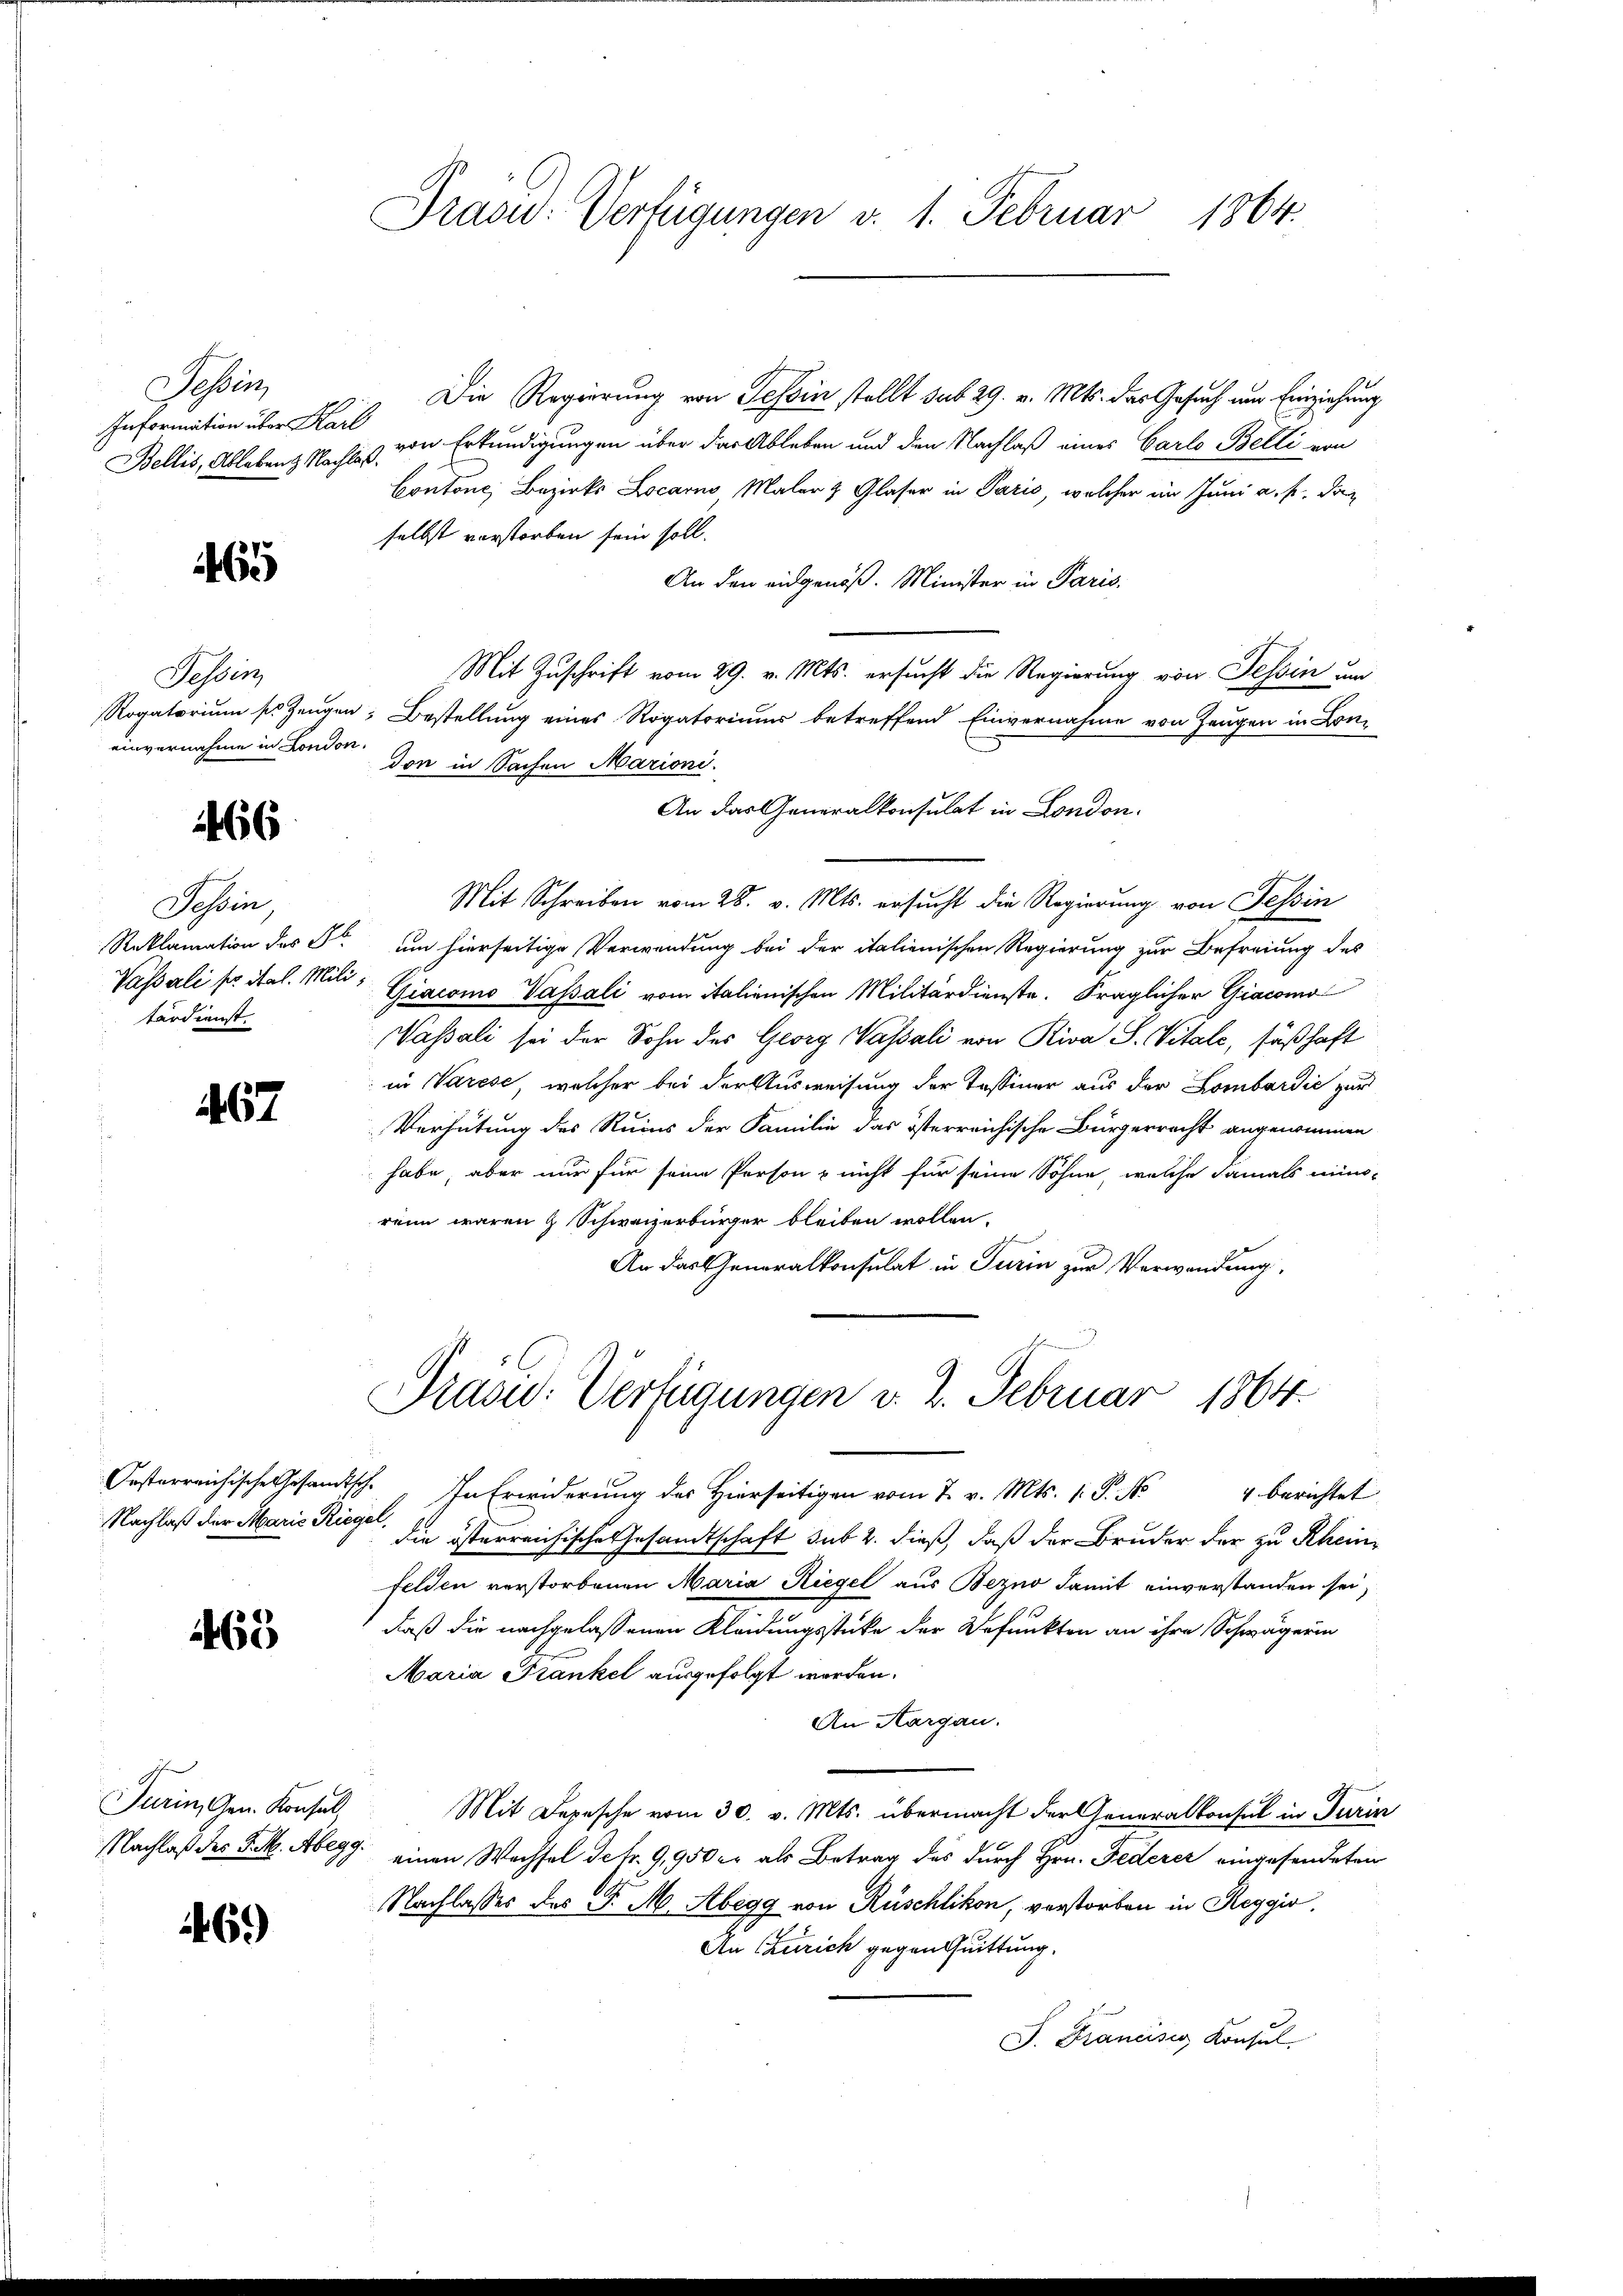
esen,
Information über Karl
Bellis, Ableben & Nach

465

Tessin,
einvernahme in London.

466

Tessin
tärdienst.

467

465

Turin, Gen. Konsul,

69)

Präsid.: Verfügungen v. 1. Februar 1864.

Die Regierung von Tessin stellt sub 29. v. Mts. das Gesuch um Einziehung
von Erkundigungen über das Ableben und den Nachlaß eines Carlo Belli von
hles.
Contone, Bezirks Locarno Maler & Glaser in Paris, welcher im Juni a. p. das
selbst verstorben sein soll.
An den eidgenöß. Minister in Paris.
Mit Zuschrift vom 29. v. Mts. ersucht die Regierung von Tessin um
Rogatorium so Zeugen; Bestellung eines Rogatoriums betreffend Einvernahme von Zeugen in Lon-
don in Sachen Marioni.
An das Generalkonsulat in London.
Mit Schreiben vom 28. v. Mts. ersucht die Regierung von Tessin
Reklamation des Fr. um hierseitige Verwendung bei der italienischen Regierung zur Befreiung des
Passali sr ital. Mili, Giacomo Vassali vom italienischen Militärdienste. Fraglicher Giacomo
Vassali sei der Sohn der Georg Wassali von Riva S. Vitale, säßhaft
in Varese, welcher bei der Ausweisung der Tessiner aus der Lombardić zur
Verhütung des Ruins der Familie das österreichische Bürgerrecht angenommen
habe, aber nur für seine Person nicht für seine Söhne, welche damals mino-
renn waren & Schweizerbürger bleiben wollen.
An das Generalkonsulat in Turin zur Verwendung,
Präsid.: Verfügungen v. 2. Februar 1864.
Oesterreichische Gesandtsch. In Erwiderung des Hierseitigen vom 7. v. Mts. s. S. No 4 berichtet
Nachlaß der Marie Riegel die österreichische Gesandtschaft sub 2. dieß, daß der Bruder der zu Rheinfelden verstorbenen Maria Riegel aus Bezno damit einverstanden sei,
daß die nachgelassenen Kleidungsstücke der Befunkten an ihre Schwägerin
Maria Frankel ausgefolgt worden.
An Aargau.
Mit Depesche vom 30. v. Mts. übermacht der Generalkonsul in Turin
Nachlaß des Frk. Abegg einen Wachsel detr. 9,950 er als Betrag des durch Hrn. Federer eingesendeten
Nachlasses des P. M. Abegg von Rüschlikon, verstorben in Reggio,
An Czurich gegentuittung.
J. Francisio, Konsul